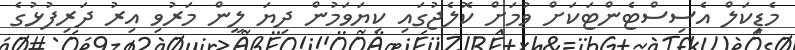
މެޑިކަލް އެސިސްޓެންޓަކަށް ވުމަށް ކޮލެޖުގައި ކިޔަވަމުން ދިޔަ ލީން މަރުވި އިރު ދަރިފުޅުގެ